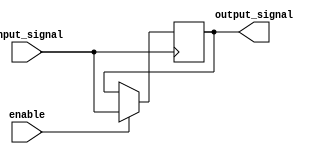
module IOBuffer (
    input wire input_signal,
    output reg output_signal,
    input wire enable
);

always @ (posedge input_signal or negedge enable)
begin
    if (enable)
    begin
        output_signal <= input_signal;
    end
end

endmodule